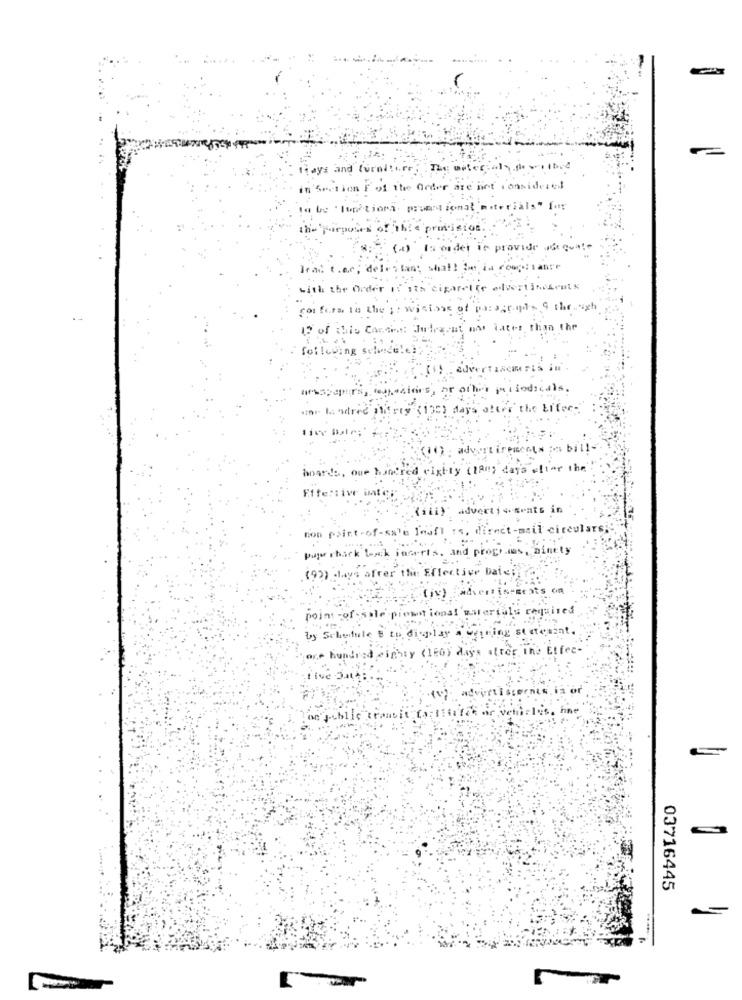
-
The Order are not considered
the purposes
provistot.
ordet is provide adegua!e
Irad thec; delestas; shall be in compliant
with the Order If its cigarette elvertinderuts
con fers to the ; : wistons of paragens 9 the
If of this Carton Judeaent one later than the
following se
AdverTENcmris
or other pisodicals.
one landred alerty (135) days after the Lifer-
ed cixtty (180) days efter the
arts,
Effe:11
(iii) advertisements in
non point -of-sale Inofl rs, direct-mail circular
puje rhack back inferis, and progr.les, Dinety
(93) days after the Effective Datei
(iv) advertiseseats on
point -of - sale promotional materials required
by Schedule B to display a begging statement.
one hundred eighty (120) days after The Etfer-
03716445